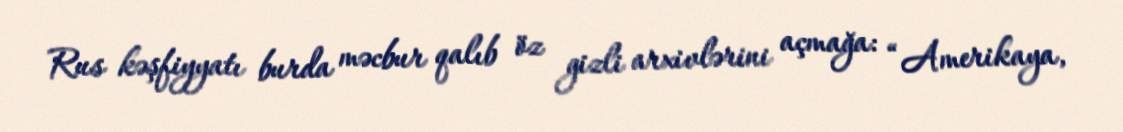
Rus kəşfiyyatı burda məcbur qalıb öz gizli arxivlərini açmağa: “Amerikaya,